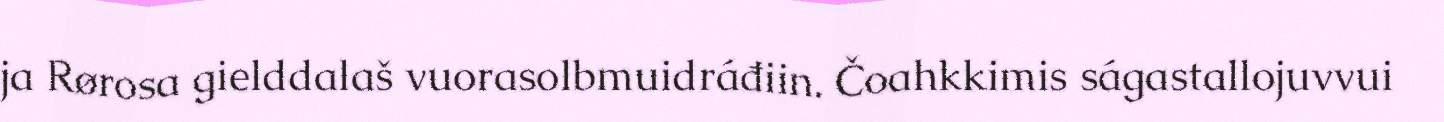
ja Rørosa gielddalaš vuorasolbmuidráđiin. Čoahkkimis ságastallojuvvui